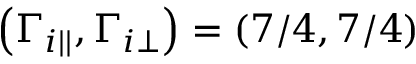
\left( \Gamma _ { i | | } , \Gamma _ { i \perp } \right) = \left( 7 / 4 , 7 / 4 \right)